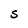
Character: S